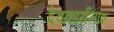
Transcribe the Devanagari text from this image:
देवकार्यनाश